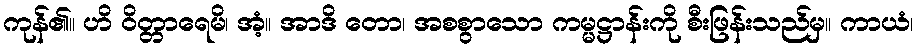
ကုန်၏။ ဟိ ဝိတ္တာရေမိ၊ အံ့။ အာဒိ တော၊ အစစွာသော ကမ္မဋ္ဌာန်းကို စီးဖြန်းသည်မှ။ ကာယံ၊